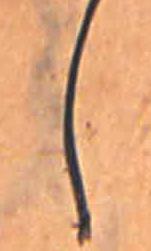
し